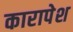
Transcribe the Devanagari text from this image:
कारापेश